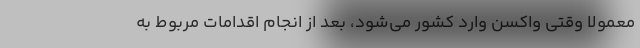
معمولا وقتی واکسن وارد کشور می‌شود، بعد از انجام اقدامات مربوط به